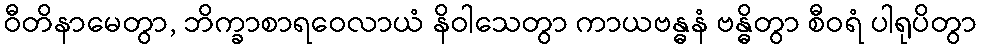
ဝီတိနာမေတွာ, ဘိက္ခာစာရဝေလာယံ နိဝါသေတွာ ကာယဗန္ဓနံ ဗန္ဓိတွာ စီဝရံ ပါရုပိတွာ